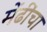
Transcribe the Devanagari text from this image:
मेंढींचा